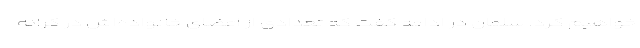
خواهیم کرد. سلمان در ادامه گفت که تعدادی از اعضای خانواده‌اش در کرانه